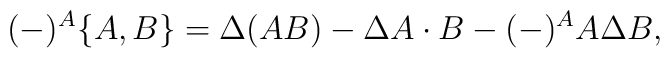
(-)^A\{A,B\}=\Delta\!\left(A B\right)-\Delta A\cdot B - (-)^A A\Delta B ,